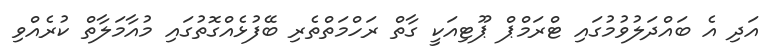
އަދި އެ ބައްދަލުވުމުގައި ޓްރަމްޕް ޕޫޓިއަކީ ގާތް ރަހްމަތްތެރި ބޭފުޅެއްގޮތުގައި މުއާމަލާތް ކުރެއްވި